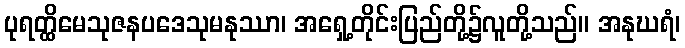
ပုရတ္ထိမေသုဇနပဒေသုမနုဿာ၊ အရှေ့တိုင်းပြည်တို့၌လူတို့သည်။ အနုဃရံ၊